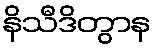
နိသီဒိတွာန